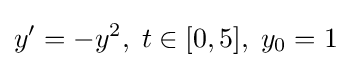
y'=-y^{2},\;t\in [0,5],\;y_{0}=1